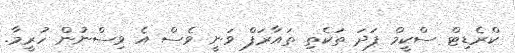
ކްރެޑިޓް ސްކީމް ފަދަ ތަކެތި ތައާރަފް ވަނީ ވެސް އެ ވިސްނުން ހުރީމާ.